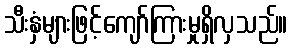
သီးနှံများဖြင့်ကျော်ကြားမှုရှိလှသည်။